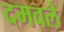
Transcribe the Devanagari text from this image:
दमवले